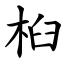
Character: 桕